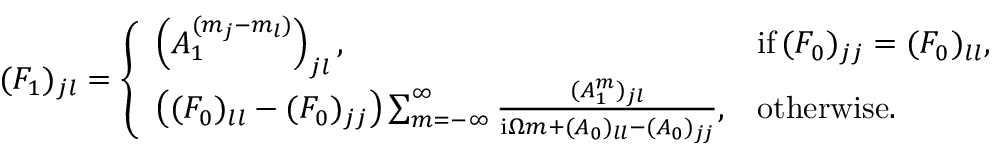
\begin{array} { r } { ( F _ { 1 } ) _ { j l } = \left\{ \begin{array} { l l } { \left( A _ { 1 } ^ { ( m _ { j } - m _ { l } ) } \right) _ { j l } , } & { \mathrm { i f } \, ( F _ { 0 } ) _ { j j } = ( F _ { 0 } ) _ { l l } , } \\ { \left( ( F _ { 0 } ) _ { l l } - ( F _ { 0 } ) _ { j j } \right) \sum _ { m = - \infty } ^ { \infty } \frac { ( A _ { 1 } ^ { m } ) _ { j l } } { \mathrm { i } \Omega m + ( A _ { 0 } ) _ { l l } - ( A _ { 0 } ) _ { j j } } , } & { \mathrm { o t h e r w i s e . } } \end{array} \right. } \end{array}